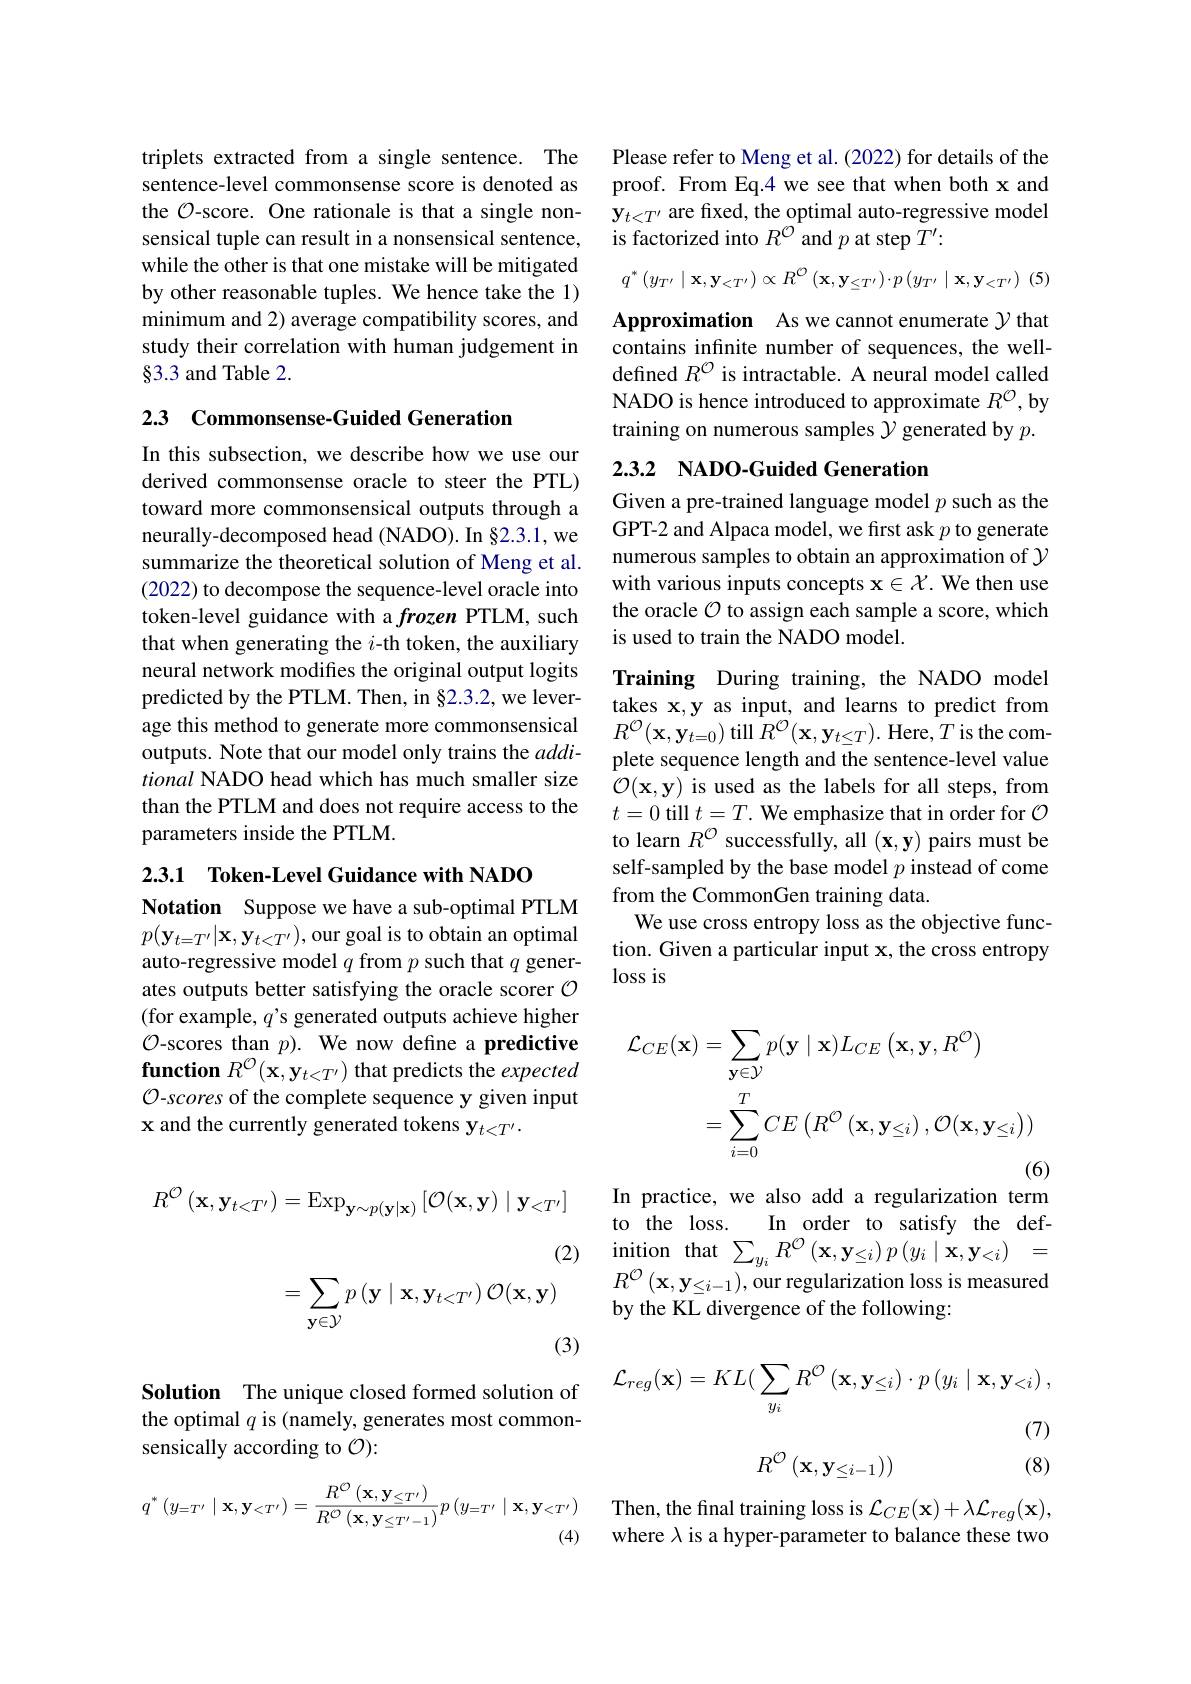
triplets extracted from a single sentence. The sentence-level commonsense score is denoted as the O-score. One rationale is that a single nonsensical tuple can result in a nonsensical sentence, while the other is that one mistake will be mitigated by other reasonable tuples. We hence take the 1) minimum and 2) average compatibility scores, and study their correlation with human judgement in $\S3.3$ and Table 2.

2.3 Commonsense-Guided Generation

In this subsection, we describe how we use our derived commonsense oracle to steer the PTL) toward more commonsensical outputs through a neurally-decomposed head (NADO). In §2.3.1, we summarize the theoretical solution of Meng et al. (2022) to decompose the sequence-level oracle into token-level guidance with a frozen PTLM, such that when generating the $i$-th token, the auxiliary neural network modifies the original output logits predicted by the PTLM. Then, in §2.3.2, we leverage this method to generate more commonsensical outputs. Note that our model only trains the $addi-$ tional NADO head which has much smaller size than the PTLM and does not require access to the parameters inside the PTLM.

2.3.1 Token-Level Guidance with NADO

Notation Suppose we have a sub-optimal PTLM $p(\mathbf{y}_{t=T^{\prime}}|\mathbf{x},\mathbf{y}_{t<T^{\prime}})$,our goal is to obtain an optimal auto-regressive model $q$ from $p$ such that $q$ generates outputs better satisfying the oracle scorer $\mathcal{O}$ (for example, $q’$s generated outputs achieve higher $\mathcal{O}$-scores than $p).$ We now define a predictive function $R^{\mathcal{O}}(\mathbf{x},\mathbf{y}_{t<T^{\prime}})$ that predicts the expected O-scores of the complete sequence y given input x and the currently generated tokens $\mathbf{y}_{t<T^{\prime}}.$
$$\begin{aligned}R^{\mathcal{O}}\left(\mathbf{x},\mathbf{y}_{t<T^{\prime}}\right)&=\mathrm{Exp}_{\mathbf{y}\sim p(\mathbf{y}\mid\mathbf{x})}\left[\mathcal{O}(\mathbf{x},\mathbf{y})\mid\mathbf{y}_{<T^{\prime}}\right]\\&&\text{(2)}\\&=\sum_{\mathbf{y}\in\mathcal{Y}}p\left(\mathbf{y}\mid\mathbf{x},\mathbf{y}_{t<T^{\prime}}\right)\mathcal{O}(\mathbf{x},\mathbf{y})\\&&\text{(3)}\end{aligned}$$
Solution The unique closed formed solution of the optimal $q$ is (namely, generates most commonsensically according to $\mathcal{O}):$
$$q^{*}\left(y_{=T'}\mid\mathbf{x},\mathbf{y}_{<T'}\right)=\frac{R^{\mathcal{O}}\left(\mathbf{x},\mathbf{y}_{\leq T'}\right)}{R^{\mathcal{O}}\left(\mathbf{x},\mathbf{y}_{\leq T'-1}\right)}p\left(y_{=T'}\mid\mathbf{x},\mathbf{y}_{<T'}\right)$$
(4)

Please refer to Meng et al. (2022) for details of the proof. From Eq.4 we see that when both x and $\mathbf{y}_{t<T^{\prime}}$ are fixed, the optimal auto-regressive model is factorized into $R^{\mathcal{O}}$ and $p$ at step $T^\prime:$
$$q^{*}\left(y_{T^{\prime}}\mid\mathbf{x},\mathbf{y}_{<T^{\prime}}\right)\propto R^{\mathcal{O}}\left(\mathbf{x},\mathbf{y}_{\leq T^{\prime}}\right)\cdot p\left(y_{T^{\prime}}\mid\mathbf{x},\mathbf{y}_{<T^{\prime}}\right)\:(5)$$
Approximation As we cannot enumerate $\mathcal{Y}$ that contains infinite number of sequences, the welldefined $R^{\mathcal{O}}$ is intractable. A neural model called NADO is hence introduced to approximate $R^{\mathcal{O}}$,by training on numerous samples $\mathcal{Y}$ generated by $p.$

## 2.3.2 NADO-Guided Generation

Given a pre-trained language model $p$ such as the GPT-2 and Alpaca model, we first ask $p$ to generate numerous samples to obtain an approximation of $\gamma$ with various inputs concepts $\mathbf{x}\in\mathcal{X}.$ We then use the oracle $\mathcal{O}$ to assign each sample a score, which is used to train the NADO model.

Training During training, the NADO model takes x,y as input, and learns to predict from $R^{\mathcal{O}}(\mathbf{x},\mathbf{y}_{t=0})$ till $R^{\mathcal{O}}(\mathbf{x},\mathbf{y}_{t\leq T}).$ Here$,T$ is the complete sequence length and the sentence-level value $\mathcal{O}(\mathbf{x},\mathbf{y})$ is used as the labels for all steps, from $t=0$ till $t= T. \textbf{We emphasize that in order for }\mathcal{O}$ to learn $R^{\mathcal{O}}$ successfully, all $(\mathbf{x},\mathbf{y})$ pairs must be self-sampled by the base model $p$ instead of come from the CommonGen training data.
We use cross entropy loss as the objective function. Given a particular input x, the cross entropy loss is
$$\begin{aligned}\mathcal{L}_{CE}(\mathbf{x})&=\sum_{\mathbf{y}\in\mathcal{Y}}p(\mathbf{y}\mid\mathbf{x})L_{CE}\left(\mathbf{x},\mathbf{y},R^{\mathcal{O}}\right)\\&=\sum_{i=0}^{T}CE\left(R^{\mathcal{O}}\left(\mathbf{x},\mathbf{y}_{\leq i}\right),\mathcal{O}(\mathbf{x},\mathbf{y}_{\leq i})\right)\\\end{aligned}$$
In practice, we also add a regularization term to the loss. In order to satisfy the def- inition that $\sum _{y_{i}}R^{\mathcal{O} }\left ( \mathbf{x} , \mathbf{y} \leq i\right ) p\left ( y_{i}\mid \mathbf{x} , \mathbf{y} < i\right ) =$ $R^{\mathcal{O} }\left ( \mathbf{x} , \mathbf{y} \leq i- 1\right ) $,our regularization loss is measured by the KL divergence o
$$\mathcal{L}_{reg}(\mathbf{x})=KL(\sum_{y_{i}}R^{\mathcal{O}}\left(\mathbf{x},\mathbf{y}_{\leq i}\right)\cdot p\left(y_{i}\mid\mathbf{x},\mathbf{y}_{<i}\right),$$
(7)
$$R^{\mathcal{O}}\left(\mathbf{x},\mathbf{y}_{\leq i-1}\right))$$
(8)

Then, the final training loss is $\mathcal{L}_CE(\mathbf{x})+\lambda\mathcal{L}_{reg}(\mathbf{x})$, where $\lambda$ is a hyper-parameter to balance these two